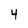
Character: 4